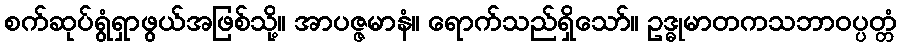
စက်ဆုပ်ရွံရှာဖွယ်အဖြစ်သို့။ အာပဇ္ဇမာနံ။ ရောက်သည်ရှိသော်။ ဥဒ္ဓုမာတကသဘာဝပ္ပတ္တံ